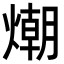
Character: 𭵿